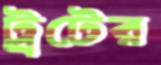
ট্রটের